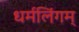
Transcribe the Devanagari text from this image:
धर्मलिंगम्